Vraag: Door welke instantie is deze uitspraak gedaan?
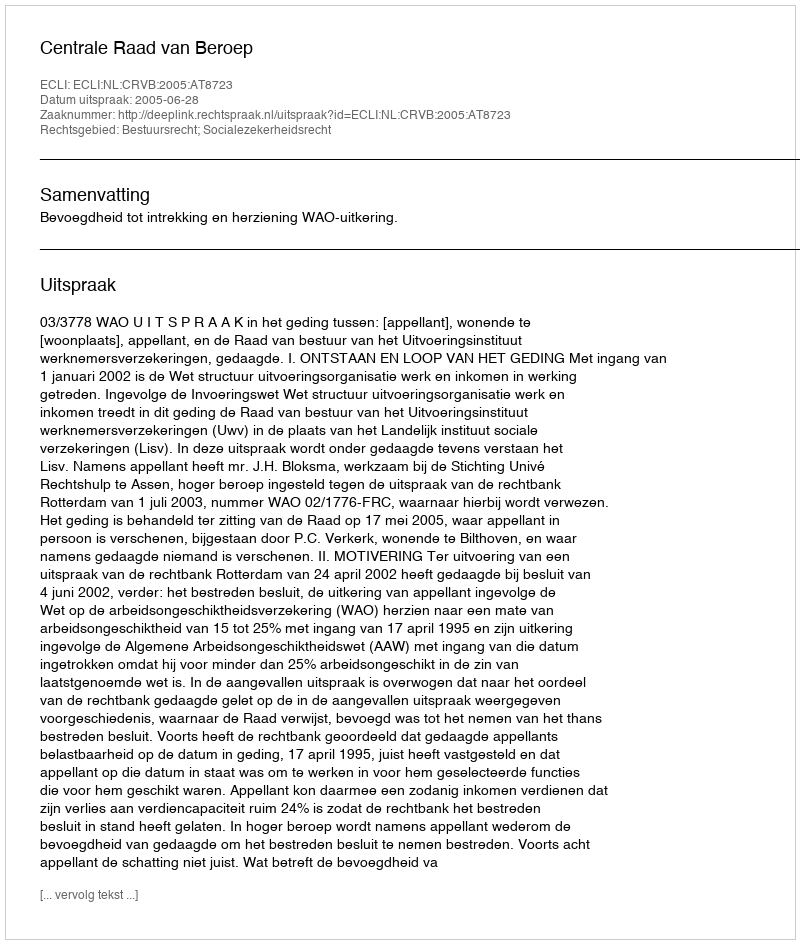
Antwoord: Centrale Raad van Beroep